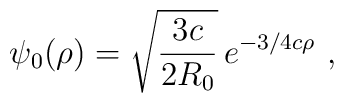
\psi_0(\rho)=\sqrt\frac{3c}{2R_0}\,e^{-{3}/{4}c\rho} \ ,